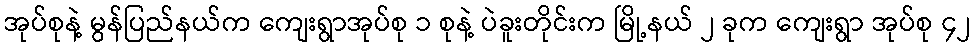
အုပ်စုနဲ့ မွန်ပြည်နယ်က ကျေးရွာအုပ်စု ၁ စုနဲ့ ပဲခူးတိုင်းက မြို့နယ် ၂ ခုက ကျေးရွာ အုပ်စု ၄၂